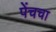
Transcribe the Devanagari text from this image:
पेंचचा